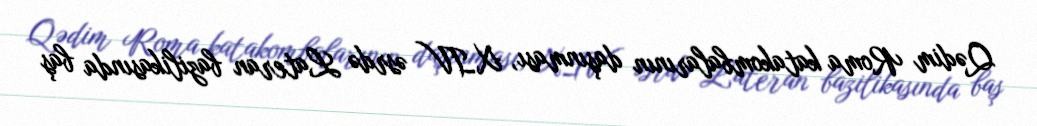
Qədim Roma katakombalarının daşınması, XIV əsrdə Lateran bazilikasında baş